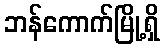
ဘန်ကောက်မြို့ရှိ